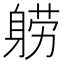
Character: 𬧤